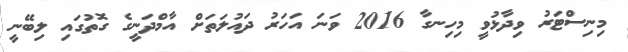
މިނިސްޓަރު ވިދާޅުވީ މިހިނގާ 2016 ވަަނަ އަހަރު ދައުލަތަށް އާމްދަނީގެ ގޮތުގައި ލިބޭނީ